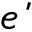
\acute { e }